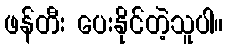
ဖန်တီး ပေးနိုင်တဲ့သူပါ။